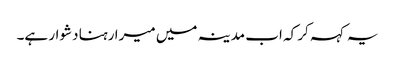
یہ کہہ کر کہ اب مدینہ میں میرا رہنا دشوار ہے۔